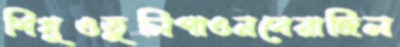
শিখুওতুলিপাওনবেরাজিল